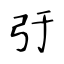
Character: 弙